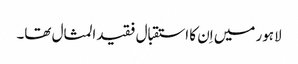
لاہور میں اِن کا استقبال فقیدالمثال تھا۔